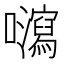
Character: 𡄽